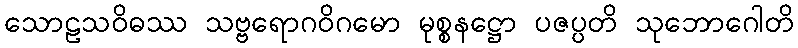
သောဠသဝိဓဿ သဗ္ဗရောဂဝိဂမော မုစ္စနဋ္ဌော ပဇပ္ပတိ သုဘောဂေါတိ